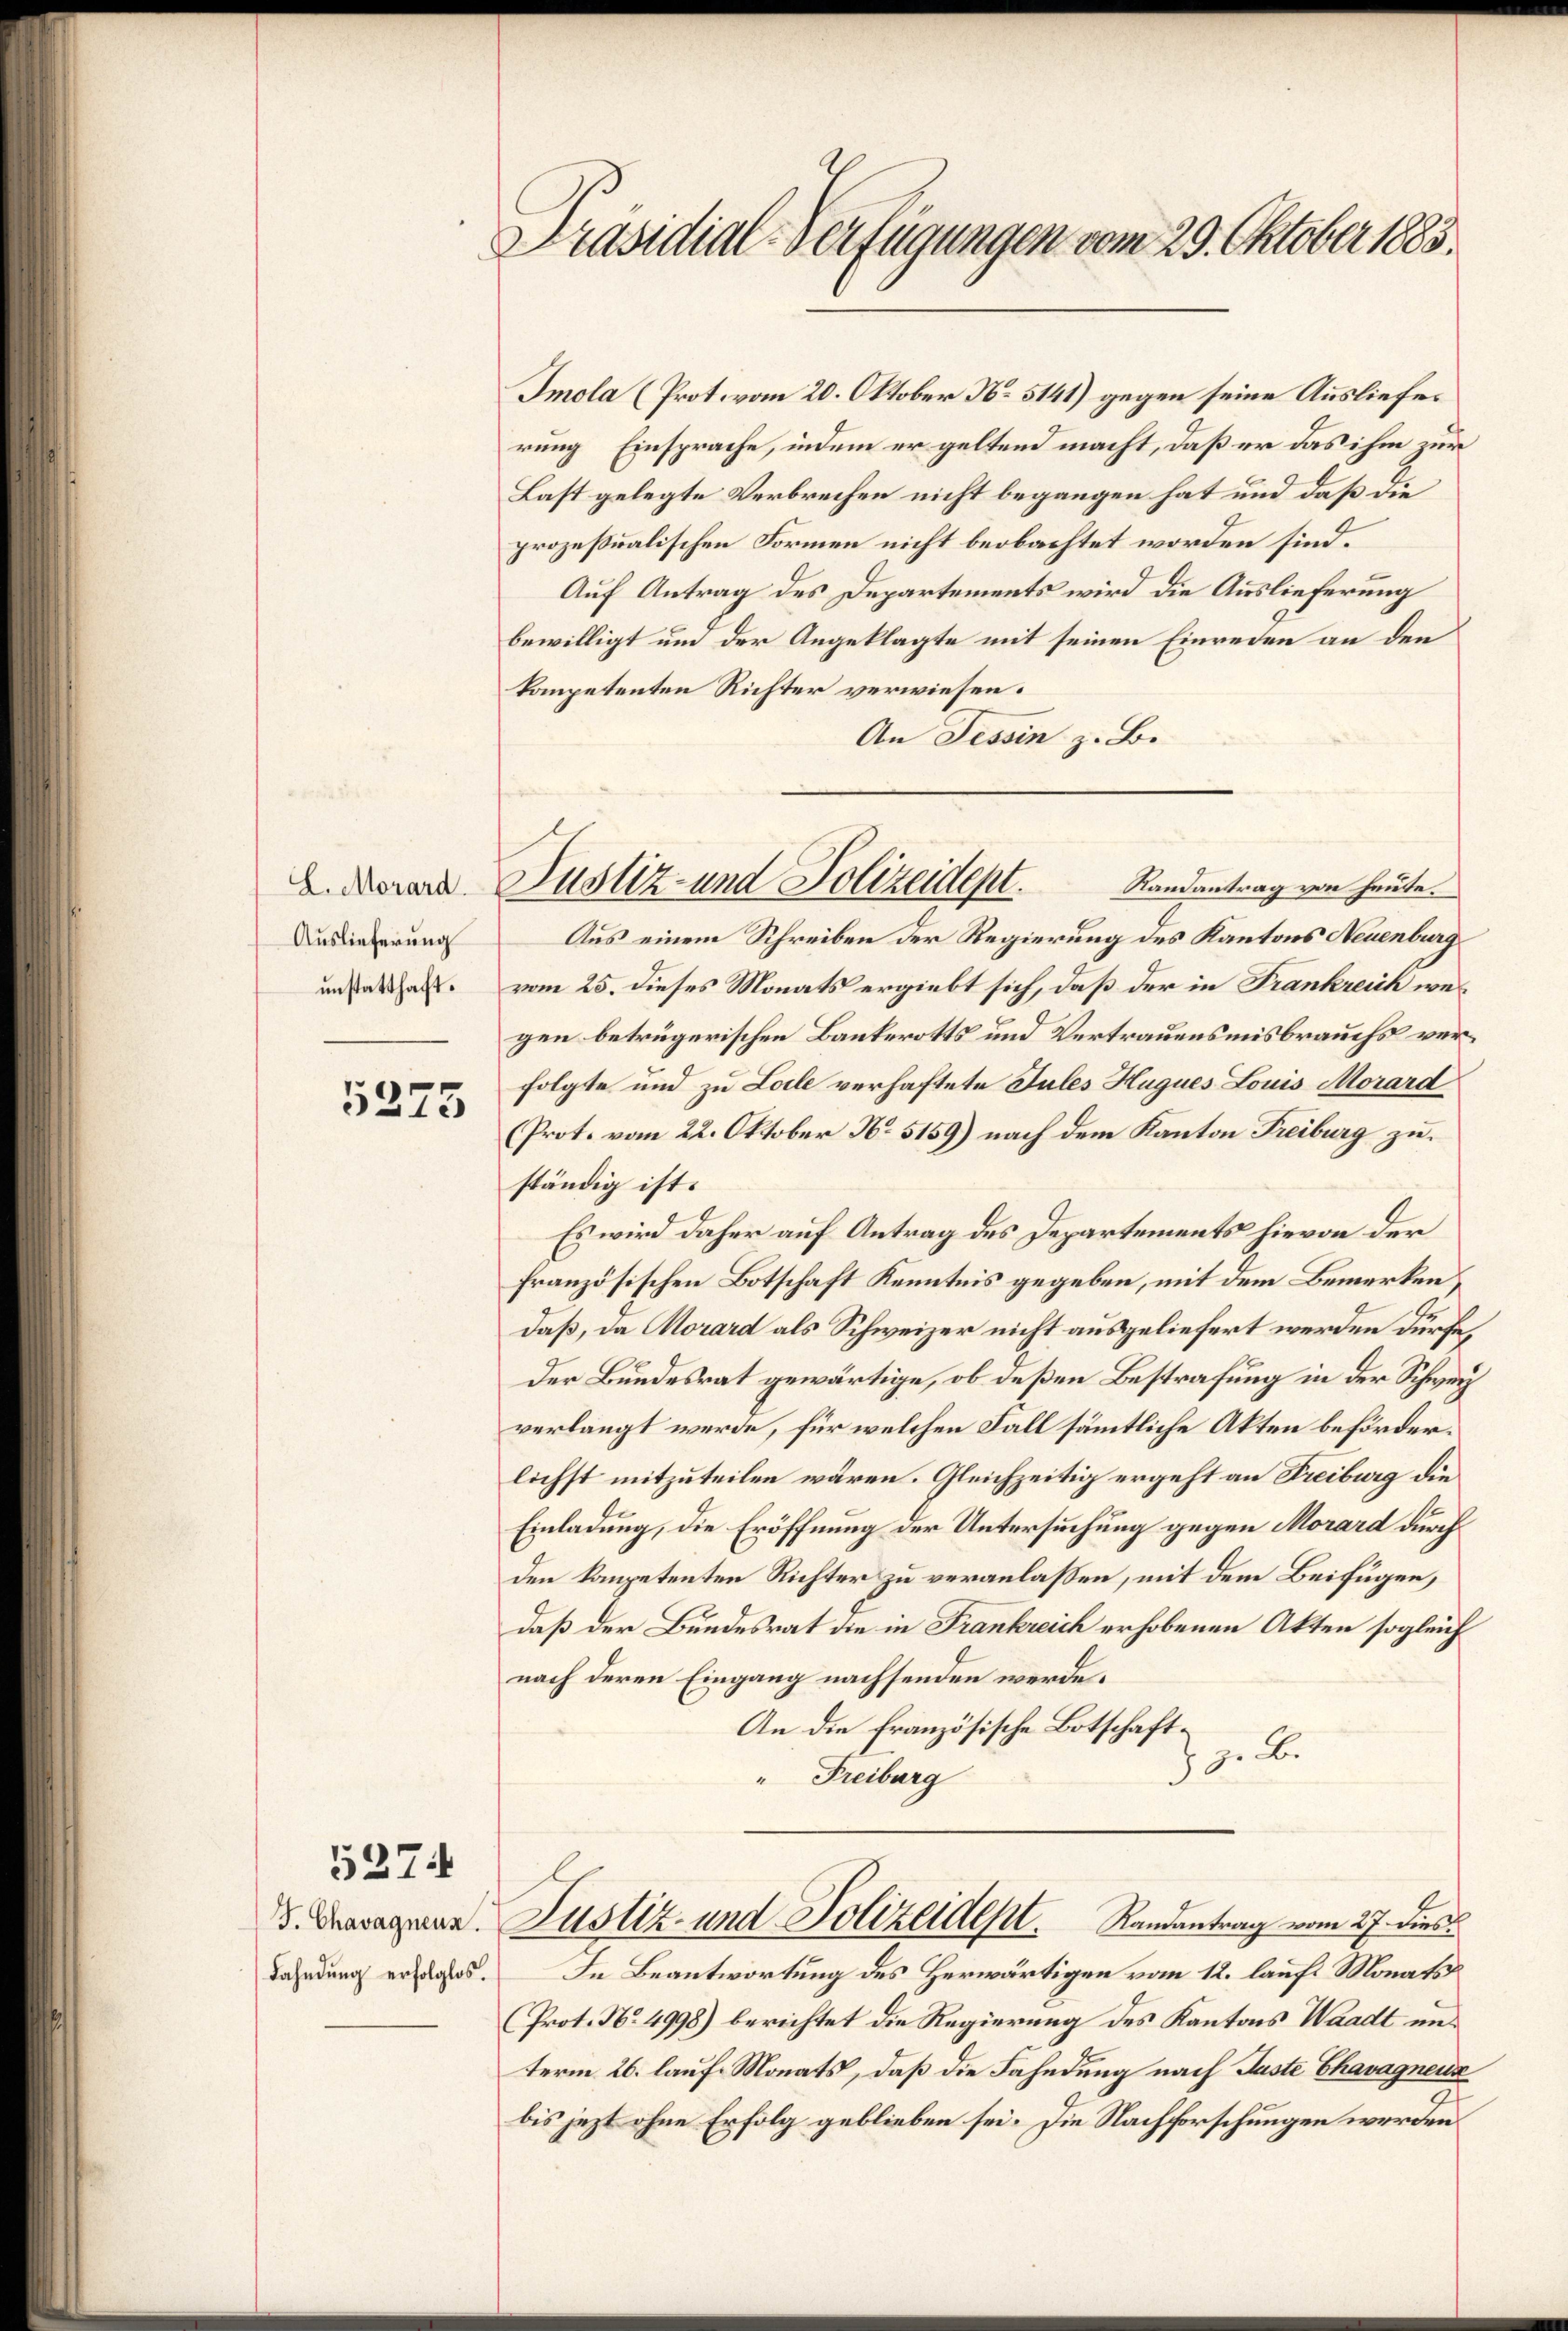
L. Morard.
Auslieferung
unstatthaft.

5275

J. Chavagnenz.
Fahndung erfolglos.

5274

Präsidial-Verfügungen vom 29. Oktober 1885.

rung Einsprache, indem er geltend macht, daß er das ihm zur
Last gelegte Verbrechen nicht begangen hat und daß die
prozessualischen Formen nicht beobachtet worden sind.
Auf Antrag des Departements wird die Auslieferung
bewilligt um der Angeklagte mit seinen Einreden an den
kompetenten Richter verwiesen.
An Tessin z. B.
Aus einem Schreiben der Regierung des Kantons Neuenburg
vom 25. dieses Monats ergiebt sich, daß der in Frankreich wegen betrügerischen Baukerotts und Vertrauensmisbrauchs verfolgte und zu Loile verhaftete Jules Hugues Louis Morard
(Prot. vom 22. Oktober No 5159) nach dem Kanton Freiburg zu.
ständig ist.
Es wird daher auf Antrag des Departements hievon der
französischen Botschaft Kenntnis gegeben, mit dem Bemerken,
daß, da Morard als Schweizer nicht ausgeliefert werden dürfe,
Der Bundesrat gewärtige, ob deßen Bestrafung in der Schwei
verlangt werde, für welchen Fall sämmtliche Akten beförderlichst mitzuteilen wären. Gleichzeitig ergeht an Freiburg die
Einladung, die Eröffnung der Untersuchung gegen Morard durch
den kompetenten Richter zu veranlaßen, mit dem Beifügen,
daß der Bundesrat die in Frankreich erhobenen Akten sogleich
nach deren Eingang nachsenden werde.
An die französische Botschaft.
18. d.
" Freiburg
Justiz- und Polizeidept. Randantrag vom 27. dies
In Beantwortung des Herwärtigen vom 12. laufs Monats
Prot. No. 4998) berichtet die Regierung des Kantons Waadt unterm 26. lauf Monats, daß die Fahndung nach Juste Chavagnense
bis jezt ohne Erfolg geblieben sei. Die Nachforschungen werden.

Smola (Prot. vom 20. Oktober No 5141) gegen seine Ausliefes

Justiz- und Polizeidept.
Randantrag von heute.